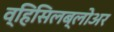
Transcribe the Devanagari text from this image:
व्हिसिलब्लोअर